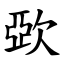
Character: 㰳